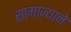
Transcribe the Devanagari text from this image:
सामाज्याने